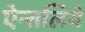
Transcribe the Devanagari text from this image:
ऐन्तलिये